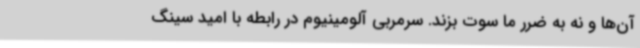
آن‌ها و نه به ضرر ما سوت بزند. سرمربی آلومینیوم در رابطه با امید سینگ